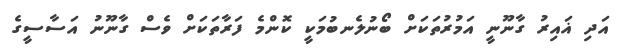
އަދި ޣައިރު ގާނޫނީ އަމުރުތަކަށް ބޯނުލެނބުމަކީ ކޮންމެ ފަރާތަކަށް ވެސް ގާނޫނު އަސާސީގެ